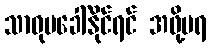
သာဓုမခေါ်နိုင်ရင် အဖို့မရ